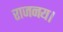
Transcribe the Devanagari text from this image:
राजनय।